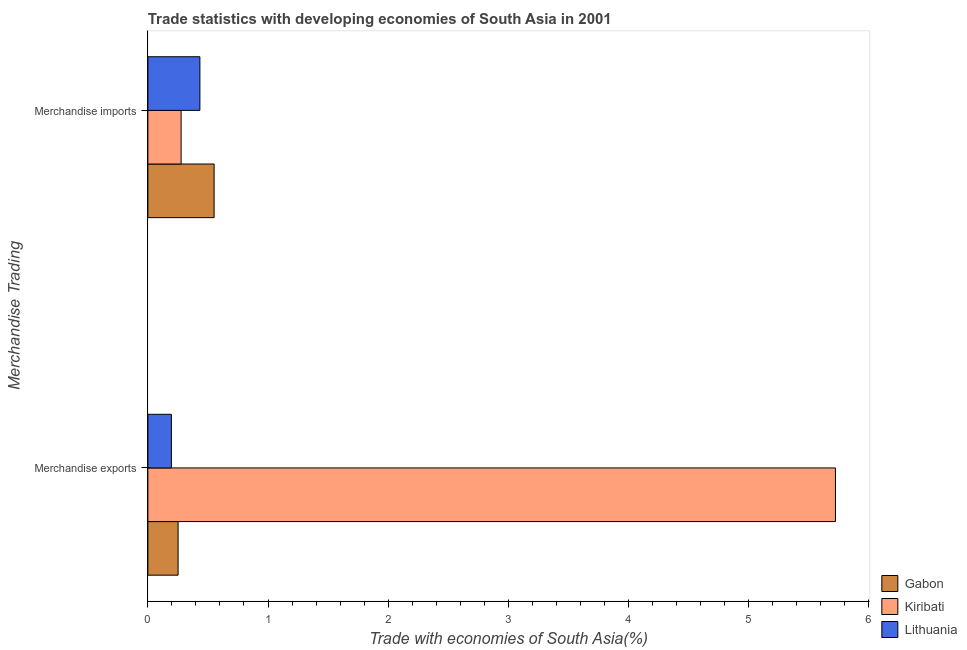
| Merchandise Trading | Gabon | Kiribati | Lithuania |
 | --- | --- | --- | --- |
 | Merchandise exports | 0.252 | 5.72 | 0.196 |
 | Merchandise imports | 0.551 | 0.277 | 0.433 |